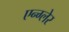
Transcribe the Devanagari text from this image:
एन्ग्लेर